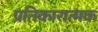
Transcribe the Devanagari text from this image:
प्रतिकारात्मक